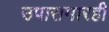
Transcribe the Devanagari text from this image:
उपासमारही